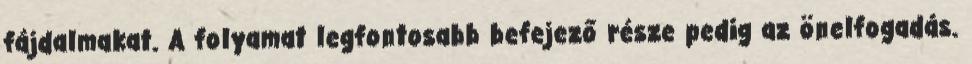
fájdalmakat. A folyamat legfontosabb befejező része pedig az önelfogadás.